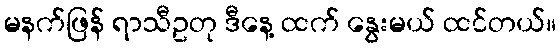
မနက်ဖြန် ရာသီဥတု ဒီနေ့ ထက် နွေးမယ် ထင်တယ်။